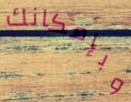
وبإمكانك